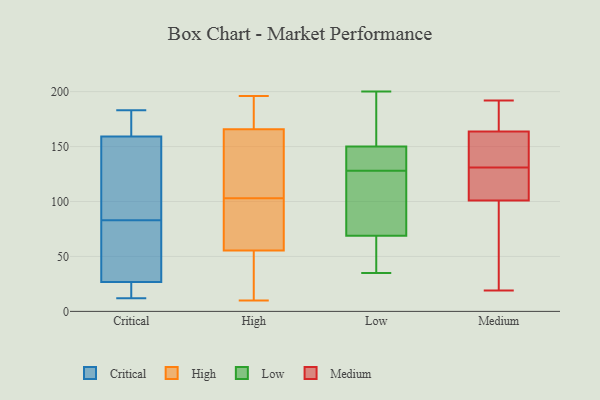
{"axis": {"x": "Latency (ms)", "y": "Value"}, "legend": ["Critical", "High", "Low", "Medium"], "data": [{"x": "", "y": 26, "type": "Critical"}, {"x": "", "y": 12, "type": "Critical"}, {"x": "", "y": 34, "type": "Critical"}, {"x": "", "y": 175, "type": "Critical"}, {"x": "", "y": 97, "type": "Critical"}, {"x": "", "y": 137, "type": "Critical"}, {"x": "", "y": 181, "type": "Critical"}, {"x": "", "y": 77, "type": "Critical"}, {"x": "", "y": 27, "type": "Critical"}, {"x": "", "y": 143, "type": "Critical"}, {"x": "", "y": 25, "type": "Critical"}, {"x": "", "y": 83, "type": "Critical"}, {"x": "", "y": 180, "type": "Critical"}, {"x": "", "y": 47, "type": "Critical"}, {"x": "", "y": 13, "type": "Critical"}, {"x": "", "y": 183, "type": "Critical"}, {"x": "", "y": 154, "type": "Critical"}, {"x": "", "y": 162, "type": "High"}, {"x": "", "y": 145, "type": "High"}, {"x": "", "y": 58, "type": "High"}, {"x": "", "y": 103, "type": "High"}, {"x": "", "y": 96, "type": "High"}, {"x": "", "y": 168, "type": "High"}, {"x": "", "y": 196, "type": "High"}, {"x": "", "y": 50, "type": "High"}, {"x": "", "y": 51, "type": "High"}, {"x": "", "y": 10, "type": "High"}, {"x": "", "y": 61, "type": "High"}, {"x": "", "y": 104, "type": "High"}, {"x": "", "y": 31, "type": "High"}, {"x": "", "y": 165, "type": "High"}, {"x": "", "y": 191, "type": "High"}, {"x": "", "y": 185, "type": "High"}, {"x": "", "y": 57, "type": "High"}, {"x": "", "y": 153, "type": "Low"}, {"x": "", "y": 200, "type": "Low"}, {"x": "", "y": 179, "type": "Low"}, {"x": "", "y": 141, "type": "Low"}, {"x": "", "y": 47, "type": "Low"}, {"x": "", "y": 128, "type": "Low"}, {"x": "", "y": 96, "type": "Low"}, {"x": "", "y": 136, "type": "Low"}, {"x": "", "y": 132, "type": "Low"}, {"x": "", "y": 199, "type": "Low"}, {"x": "", "y": 60, "type": "Low"}, {"x": "", "y": 67, "type": "Low"}, {"x": "", "y": 127, "type": "Low"}, {"x": "", "y": 74, "type": "Low"}, {"x": "", "y": 117, "type": "Low"}, {"x": "", "y": 181, "type": "Low"}, {"x": "", "y": 35, "type": "Low"}, {"x": "", "y": 131, "type": "Low"}, {"x": "", "y": 35, "type": "Low"}, {"x": "", "y": 192, "type": "Medium"}, {"x": "", "y": 139, "type": "Medium"}, {"x": "", "y": 128, "type": "Medium"}, {"x": "", "y": 19, "type": "Medium"}, {"x": "", "y": 131, "type": "Medium"}, {"x": "", "y": 102, "type": "Medium"}, {"x": "", "y": 98, "type": "Medium"}, {"x": "", "y": 182, "type": "Medium"}, {"x": "", "y": 28, "type": "Medium"}, {"x": "", "y": 128, "type": "Medium"}, {"x": "", "y": 139, "type": "Medium"}, {"x": "", "y": 178, "type": "Medium"}, {"x": "", "y": 159, "type": "Medium"}]}